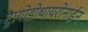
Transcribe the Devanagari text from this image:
ट्रायोडोथायरोनाईन